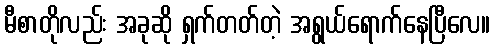
မီစာတိုလည်း အခုဆို ရှက်တတ်တဲ့ အရွယ်ရောက်နေပြီလေ။